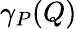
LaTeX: \gamma_{P}(Q)